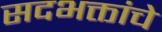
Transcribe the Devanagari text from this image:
सदभक्तांचे